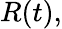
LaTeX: R(t),